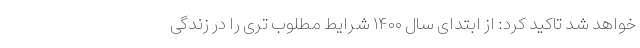
خواهد شد تاکید کرد: از ابتدای سال ۱۴۰۰ شرایط مطلوب تری را در زندگی